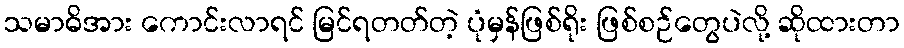
သမာဓိအား ကောင်းလာရင် မြင်ရတတ်တဲ့ ပုံမှန်ဖြစ်ရိုး ဖြစ်စဉ်တွေပဲလို့ ဆိုထားတာ